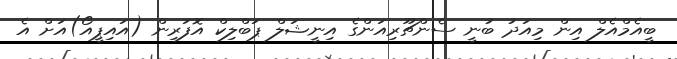
ބީއެމްއެލް އިން މިއަދު ބުނީ ސެންޗޫރިއަންގެ އިނީޝަލް ޕަބްލިކް އޮފަރިން (އައިޕީއޯ)އަށް އެ